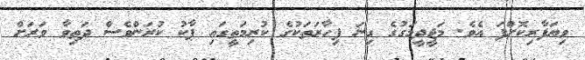
ވިޔަފާރިކޮށްފަ އެވެ. މަޖީދީމަގުގެ ގިނަ ފިހާރަތަކުގެ ކުރިމަތީގައި ޕާކު ކުރަންވެސް ދަތިވާ ވަރަށް